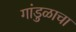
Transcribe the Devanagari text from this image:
गांडुळाचा